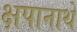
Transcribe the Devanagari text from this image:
क्षपानाथे